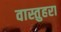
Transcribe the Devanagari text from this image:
वास्तुहरा